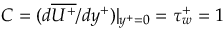
C = ( d \overline { { U ^ { + } } } / { d y ^ { + } } ) | _ { y ^ { + } = 0 } = \tau _ { w } ^ { + } = 1